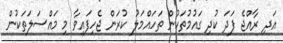
އަދި ރާއްޖެ ފަދަ ކުދި ގައުމުތަކުން ތަހައްމަލު ކުރަން ޖެހިފައިވާ މި މައްސަލަތަކުން